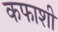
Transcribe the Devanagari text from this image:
कफाशी